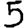
Digit: 5